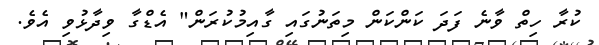
ކުރާ ހިތް ވާނެ ފަދަ ކަންކަން މިތަނުގައި ގާއިމުކުރަން" އެޑްގާ ވިދާޅުވި އެވެ.